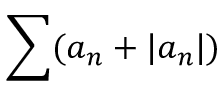
\sum ( a _ { n } + | a _ { n } | )